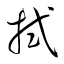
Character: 拭